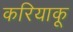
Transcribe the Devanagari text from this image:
करियाकू